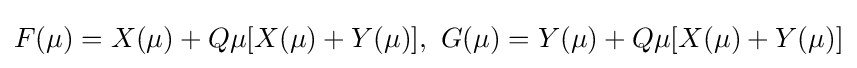
F(\mu )=X(\mu )+Q\mu [X(\mu )+Y(\mu )],\ G(\mu )=Y(\mu )+Q\mu [X(\mu )+Y(\mu )]